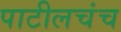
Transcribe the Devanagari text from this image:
पाटीलचंच